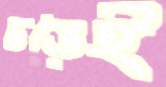
ঢঙেই